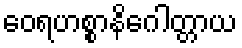
ဝေရဟစ္စာနိဂေါတ္တာယ